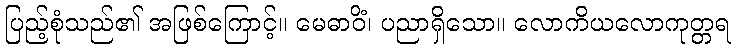
ပြည့်စုံသည်၏ အဖြစ်ကြောင့်။ မေဓာဝိံ၊ ပညာရှိသော။ လောကိယလောကုတ္တရ